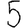
Digit: 5